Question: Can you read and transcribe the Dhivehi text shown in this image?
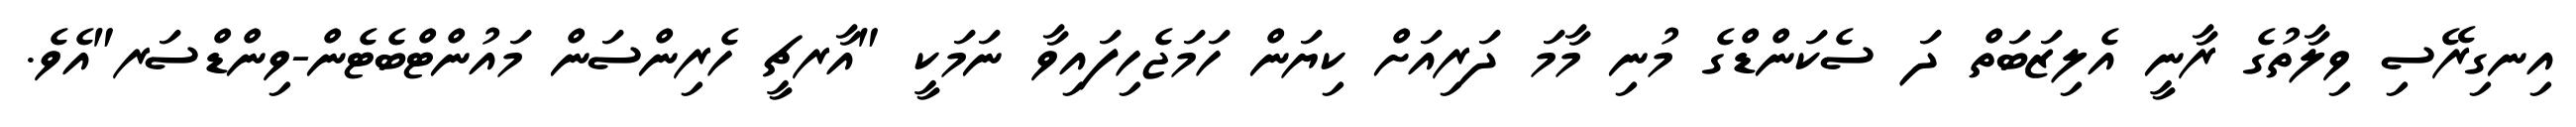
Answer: އިނގިރޭސި ވިލާތުގެ ރާނީ އެލިޒަބަތް ދަ ސެކަންޑްގެ މުނި މާމަ ދަރިއަށް ކިޔަން ހަމަޖެހިފައިވާ ނަމަކީ "އާރޗީ ހެރިންސަން މައުންޓްބެޓެން-ވިންޑްސަރ"އެވެ.